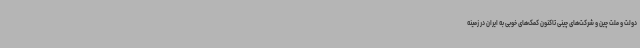
دولت و ملت چین و شرکت‌های چینی تاکنون کمک‌های خوبی به ایران در زمینه